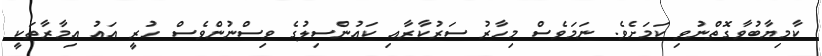
ކާމިޔާބުވާގޮތްނުވި ކަމަށެވެ. ނަމަވެސް މިހާރު ސަރުކާރާއި ކައުންސިލުގެ ވިސްނުންވެސް ހުރީ އައު އިމާރާތަކީ